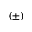
( \pm )